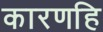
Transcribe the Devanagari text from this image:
कारणहि